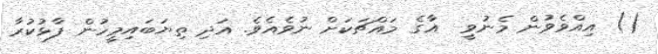
() އިއްވެވުން މެނުވީ  އާގެ މައްޗަކަށް ނުވެއެވެ. އަދި ތިޔަބައިމީހުން ފާޅުކުރާ